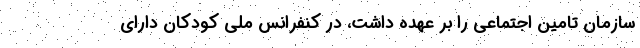
سازمان تامین اجتماعی را بر عهده داشت، در کنفرانس ملی کودکان دارای